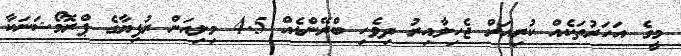
މީގެ އަހަރުތަކެއް ކުރިއަށް ޖެހިލާއިރު ދިވެހި ބްރޭންޑެއް 4.5 މިލިއަން ރުފިޔާގެ ޕްރޮމޯޝަނަކާ